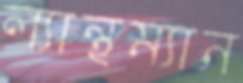
ল্যান্থম্যান